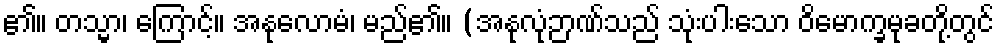
၏။ တသ္မာ၊ ကြောင့်။ အနုလောမံ၊ မည်၏။ (အနုလုံဉာဏ်သည် သုံးပါးသော ဝိမောက္ခမုခတို့တွင်